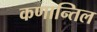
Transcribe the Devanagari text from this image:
कणान्तिल